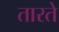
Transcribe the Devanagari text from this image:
तारते